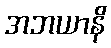
အဘယာနိ